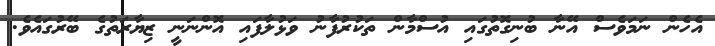
އެހެން ނަމަވެސް އޭނާ ބުނިގޮތުގައި އުސްމާން ތަކުރުފާނު ވަޅުލާފައި އޮންނަނީ ޒިޔާރަތުގެ ބޭރުގައެވެ.